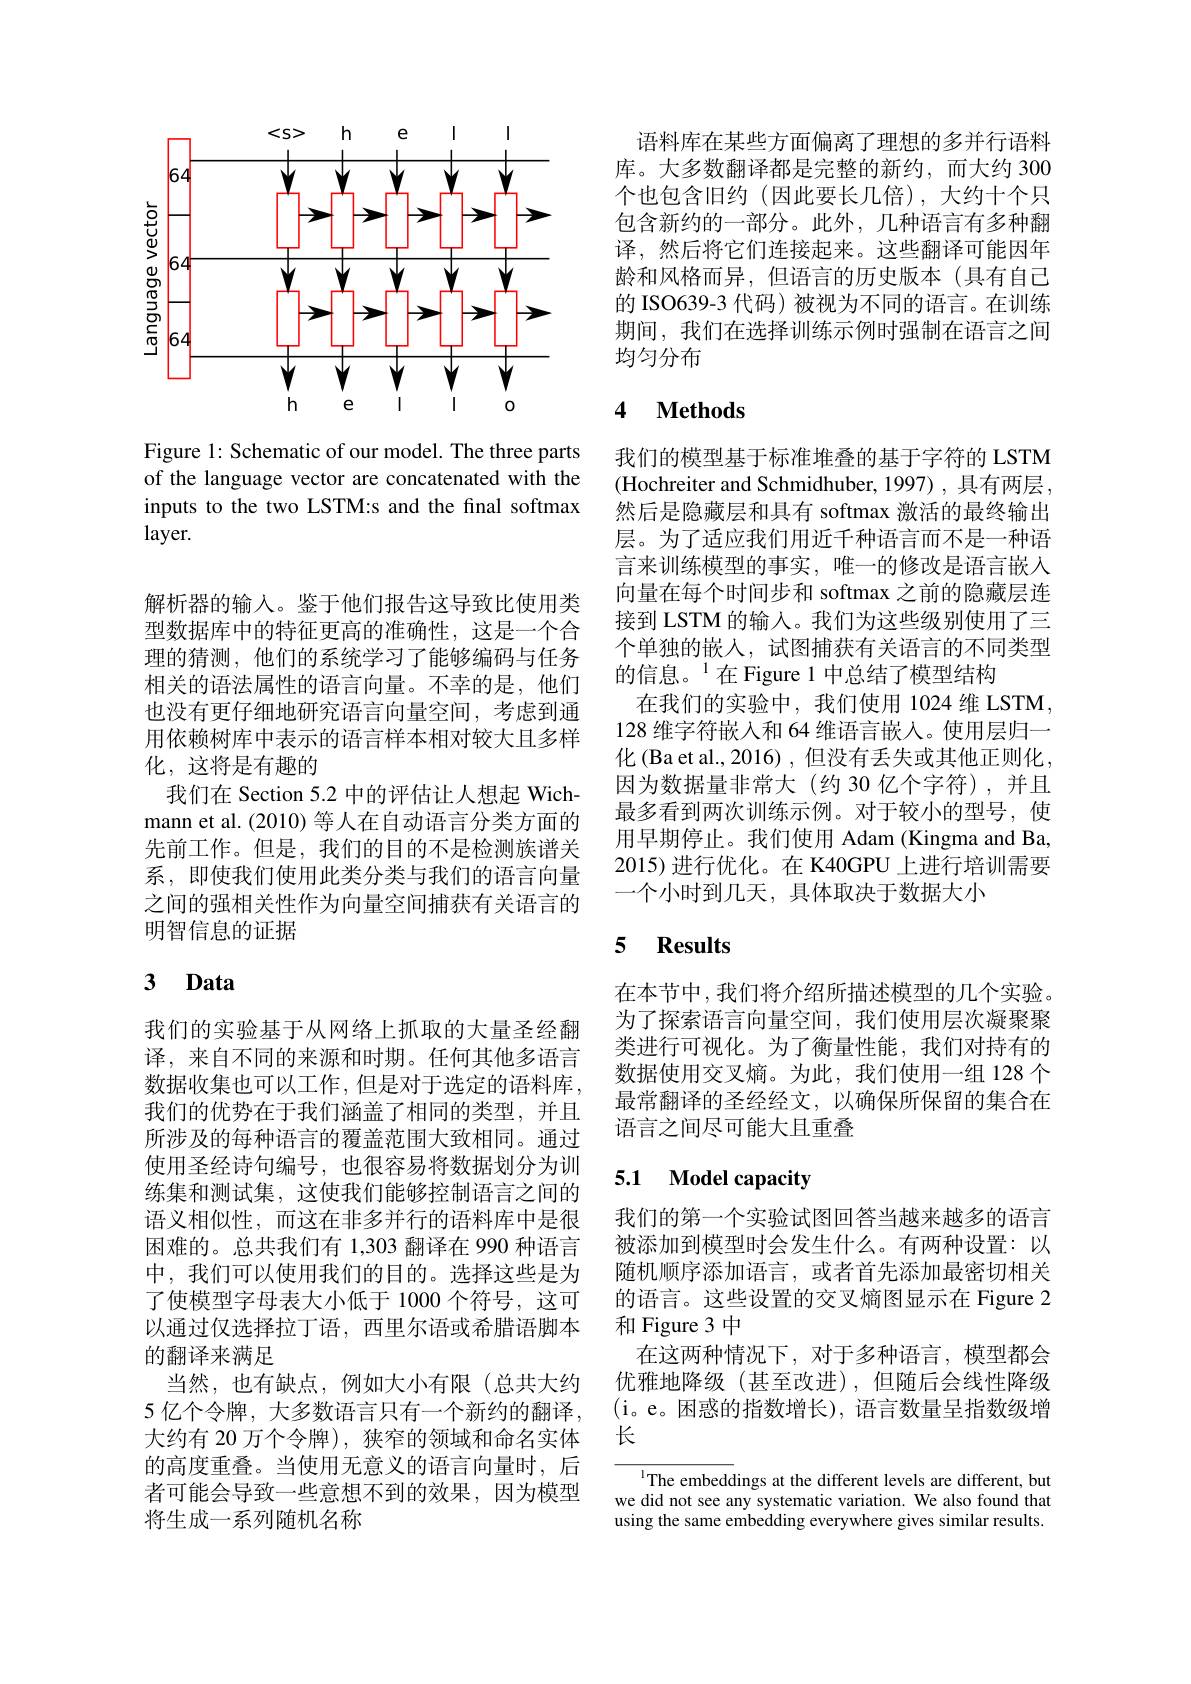
<FigureHere>

Figure 1: Schematic of our model. The three parts of the language vector are concatenated with the inputs to the two LSTM:s and the final softmax $layer.$

解析器的输入。鉴于他们报告这导致比使用类型数据库中的特征更高的准确性，这是一个合理的猜测，他们的系统学习了能够编码与任务相关的语法属性的语言向量。不幸的是，他们也没有更仔细地研究语言向量空间，考虑到通用依赖树库中表示的语言样本相对较大且多样化，这将是有趣的
我们在 Section 5.2 中的评估让人想起 Wichmann et al. (2010) 等人在自动语言分类方面的先前工作。但是，我们的目的不是检测族谱关系，即使我们使用此类分类与我们的语言向量之间的强相关性作为向量空间捕获有关语言的明智信息的证据

# 3 Data

我们的实验基于从网络上抓取的大量圣经翻译，来自不同的来源和时期。任何其他多语言数据收集也可以工作，但是对于选定的语料库， 我们的优势在于我们涵盖了相同的类型，并且所涉及的每种语言的覆盖范围大致相同。通过使用圣经诗句编号，也很容易将数据划分为训练集和测试集，这使我们能够控制语言之间的语义相似性，而这在非多并行的语料库中是很困难的。总共我们有 1,303 翻译在 990 种语言中，我们可以使用我们的目的。选择这些是为了使模型字母表大小低于 1000 个符号，这可以通过仅选择拉丁语，西里尔语或希腊语脚本的翻译来满足
当然，也有缺点，例如大小有限(总共大约5 亿个令牌，大多数语言只有一个新约的翻译， 大约有 20 万个令牌), 狭窄的领域和命名实体的高度重叠。当使用无意义的语言向量时，后者可能会导致一些意想不到的效果，因为模型将生成一系列随机名称

语料库在某些方面偏离了理想的多并行语料库。大多数翻译都是完整的新约，而大约 300个也包含旧约(因此要长几倍),大约十个只包含新约的一部分。此外，几种语言有多种翻译，然后将它们连接起来。这些翻译可能因年龄和风格而异，但语言的历史版本(具有自己的 ISO639-3 代码)被视为不同的语言。在训练期间，我们在选择训练示例时强制在语言之间均匀分布

## 4 $\textbf{Methods}$

我们的模型基于标准堆叠的基于字符的 LSTM (Hochreiter and Schmidhuber, 1997) , 具有两层 , 然后是隐藏层和具有 softmax 激活的最终输出层。为了适应我们用近千种语言而不是一种语言来训练模型的事实，唯一的修改是语言嵌入向量在每个时间步和 softmax 之前的隐藏层连接到 LSTM 的输入。我们为这些级别使用了三个单独的嵌人，试图捕获有关语言的不同类型的信息。$^{1}$在Figure 1中总结了模型结构
在我们的实验中，我们使用 1024 维 LSTM , 128 维字符嵌入和 64 维语言嵌入。使用层归一化(Ba et al., 2016) , 但没有丢失或其他正则化， 因为数据量非常大(约30 亿个字符),并且最多看到两次训练示例。对于较小的型号，使用早期停止。我们使用 Adam (Kingma and Ba, 2015)进行优化。在 K40GPU 上进行培训需要一个小时到几天，具体取决于数据大小

### 5 $\mathbf{Results}$

在本节中，我们将介绍所描述模型的几个实验。为了探索语言向量空间，我们使用层次凝聚聚类进行可视化。为了衡量性能，我们对持有的数据使用交叉熵。为此，我们使用一组 128 个最常翻译的圣经经文，以确保所保留的集合在语言之间尽可能大且重叠

### 5.1 $\mathbf{Model}$capacity

我们的第一个实验试图回答当越来越多的语言被添加到模型时会发生什么。有两种设置：以随机顺序添加语言，或者首先添加最密切相关的语言。这些设置的交叉熵图显示在 Figure 2和 Figure 3 中
在这两种情况下，对于多种语言，模型都会优雅地降级(甚至改进),但随后会线性降级(i。e。困惑的指数增长),语言数量呈指数级增长

IThe embeddings at the different levels are different, but we did not see any systematic variation. We also found that using the same embedding everywhere gives similar results.